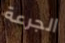
الجرعة